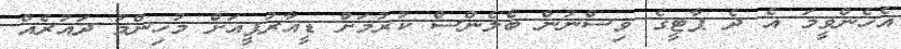
އެހެންވީމަ އެ ދެ ޕާޓީގެ ވިސްނުން ބެލެންސް ކުރުމަށް ޑީއާރުޕީއަށް މުހިންމު ދައުރެއް